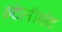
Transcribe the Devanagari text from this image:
इंटेलीबोट